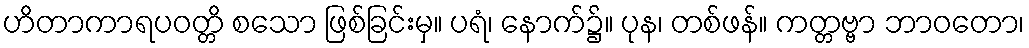
ဟိတာကာရပဝတ္တိ စသော ဖြစ်ခြင်းမှ။ ပရံ၊ နောက်၌။ ပုန၊ တစ်ဖန်။ ကတ္တဗ္ဗာ ဘာဝတော၊